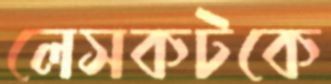
লেসকটকে